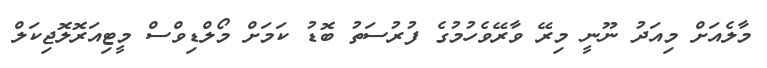
މާލެއަށް މިއަދު ނޫނީ މިރޭ ވާރޭވެހުމުގެ ފުރުސަތު ބޮޑު ކަމަށް މޯލްޑިވްސް މީޓިއަރޮލޮޖިކަލް